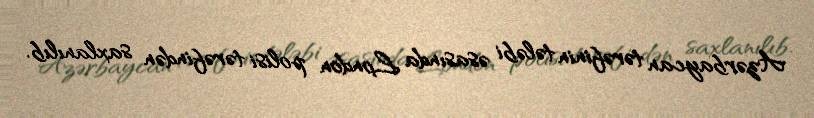
Azərbaycan tərəfinin tələbi əsasında London polisi tərəfindən saxlanılıb.